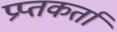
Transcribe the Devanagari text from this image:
प्रप्तकर्ता